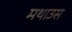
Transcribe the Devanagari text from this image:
मथाउस